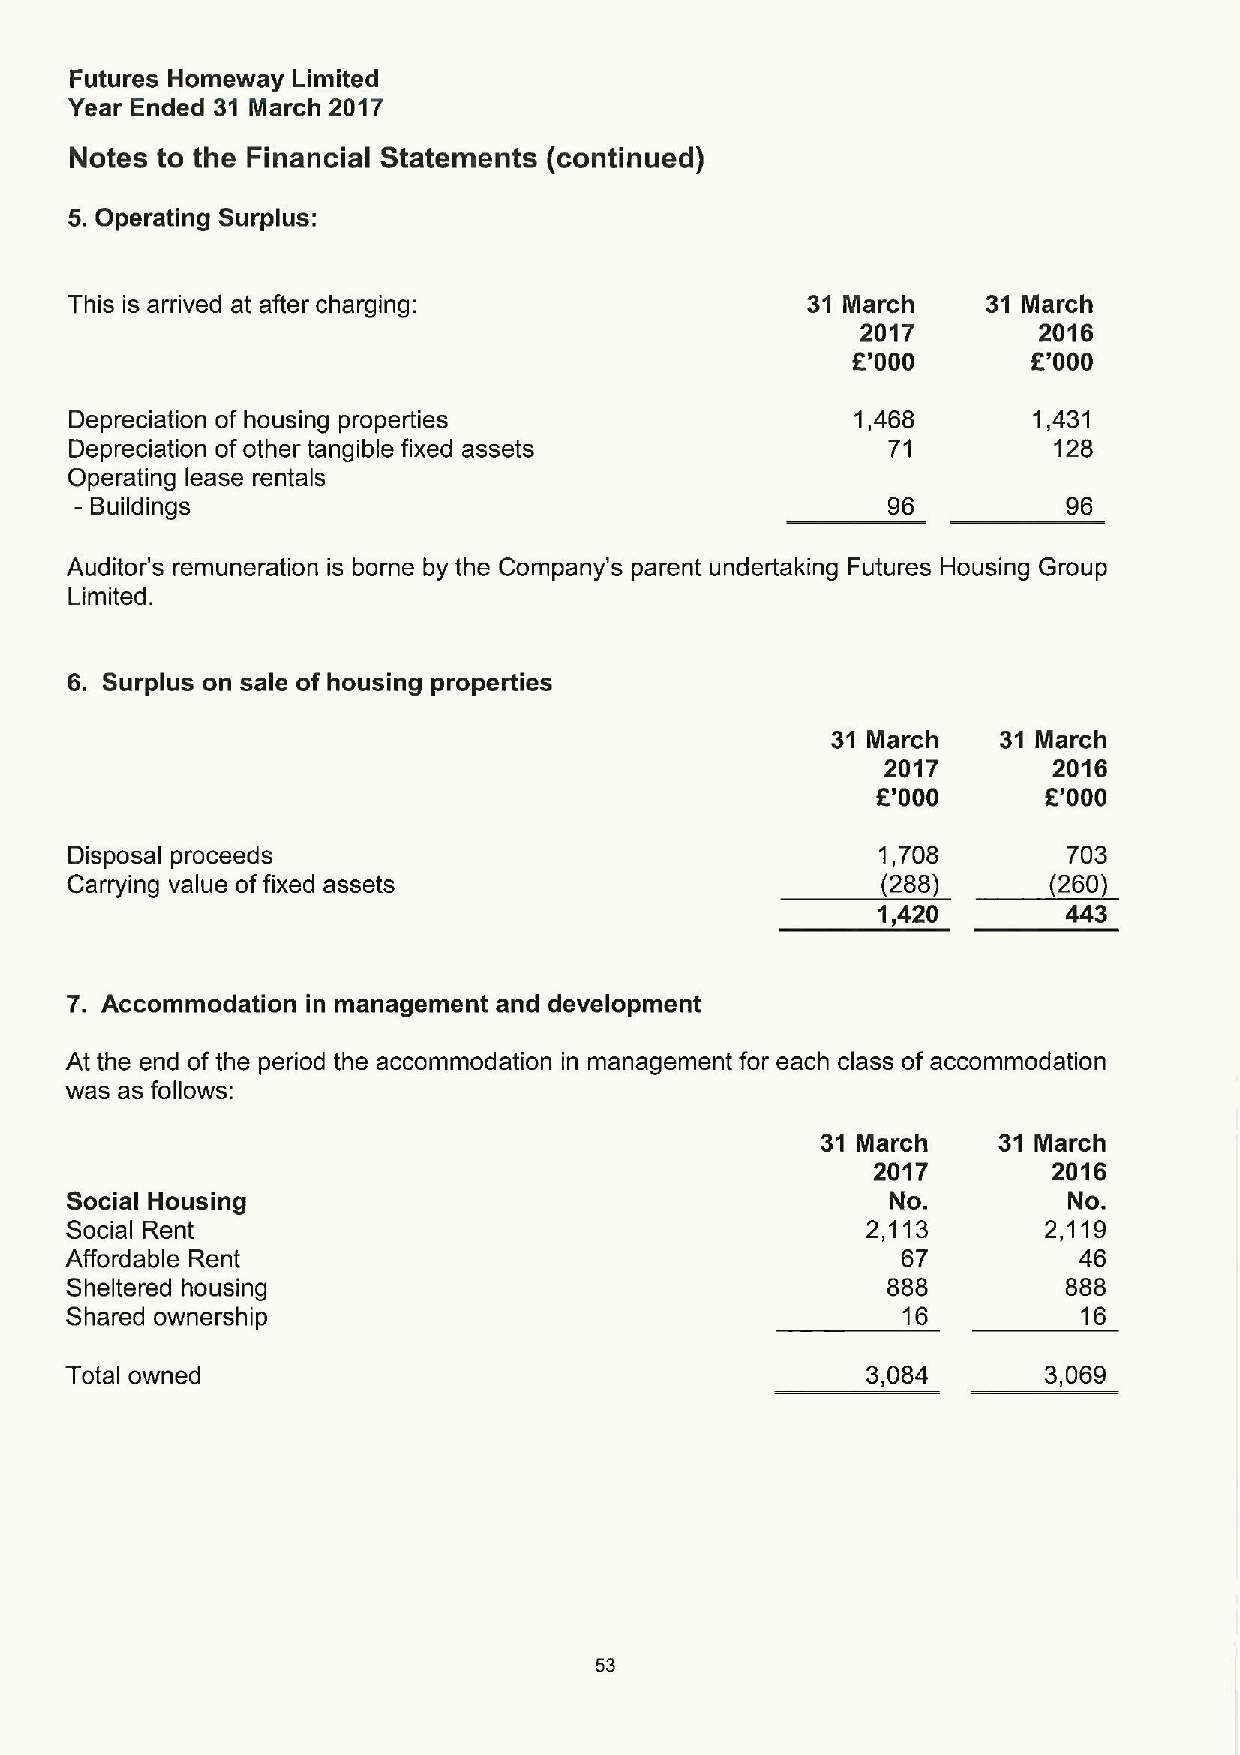
Futures Homeway Limited
 Year Ended 31 March 2017
 Notes to the Financial Statements (continued)
 5.Operating Surplus:
 This is arrived at after charging:               31 March    31 March
 2017        2016
 E'000       E'000
 Depreciation of housing properties                  1,468      1,431
 Depreciation ofother tangible fixed assets            71         128
 Operating lease rentals
 —Buildings                                            96          96
 Auditor's remuneration is borne by the Company's parent undertaking Futures Housing Group
 Limited.
 6. Surplus on sale of housing properties
 31 March   31 March
 2017       2016
 R'000      E'000
 Disposal proceeds                                    1,708        703
 Carrying value offixed assets                         (288)      (260)
 1,420        443
 7. Accommodation in management and development
 At the end ofthe period the accommodation in management for each class of accommodation
 was as follows:
 31 March    31 March
 2017        2016
 Social Housing                                         No.         No.
 Social Rent                                          2,113       2,119
 Affordable Rent                                         67         46
 Sheltered housing                                      888         888
 Shared ownership                                        16          16
 Total owned                                          3,084       3,069
 53